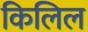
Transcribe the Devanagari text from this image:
किलिल